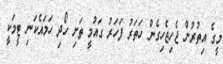
މީގެ އިތުރުން ޖެހިޖެހިގެން ހަތަރު ފަހަރު ގައުމީ ތަށި ހޯދި ހަމައެކަނި ޓީމަކީ